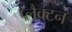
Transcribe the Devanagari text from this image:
प्लैक्टन